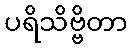
ပရိသိဗ္ဗိတာ